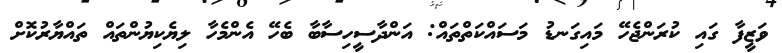
ވަޒީފާ ގައި ކުރަންޖެހޭ މައިގަނޑު މަސައްކަތްތައް: އަންދާސީހިސާބާ ބެހޭ އެންމެހާ ލިޔެކިޔުންތައް ތައްޔާރުކޮށް